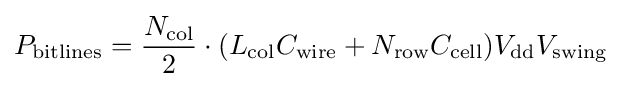
P_{\text{bitlines}}={\dfrac {N_{\text{col}}}{2}}\cdot (L_{\text{col}}C_{\text{wire}}+N_{\text{row}}C_{\text{cell}})V_{\text{dd}}V_{\text{swing}}